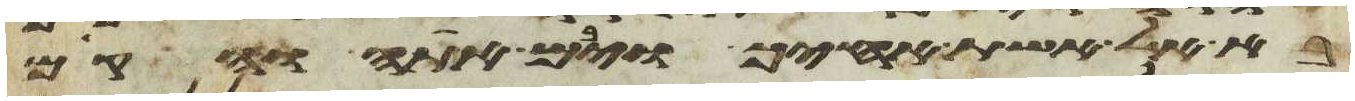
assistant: בא אל אשת אחיך ויבם אתה והקם